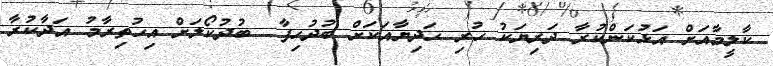
ކާލީމާއަށް އަޅުކަންކުރާ ދަރިޔަކު ހުރި ހަދިޔާއަކަށް ބުދުހިފާ  ބުދުކޯލަށް އިހުތިރާމު އަދާކުރާ